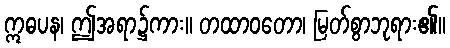
ဣဓပန၊ ဤအရာ၌ကား။ တထာဝတော၊ မြတ်စွာဘုရား၏။